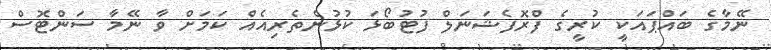
ނޭމާގެ ބައްޕައަކީ ކުރީގެ ފްރޮފެޝަނަލް ފުޓުބޯޅަ ކުޅުންތެރިއެއް ކަމަށް ވާ ނޭމާ ސަންޓޮސް